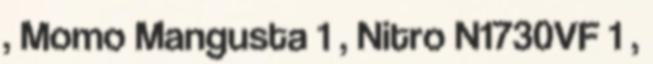
, Momo Mangusta 1 , Nitro N1730VF 1 ,